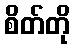
စိတ်တို